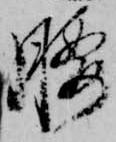
腰